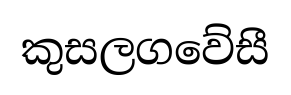
කුසලගවේසී